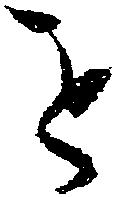
を